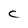
Character: C